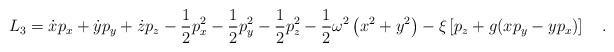
LaTeX: \begin{align*}L_3=\dot{x}p_x+\dot{y}p_y+\dot{z}p_z-\frac{1}{2}p^2_x-\frac{1}{2}p^2_y-\frac{1}{2}p^2_z-\frac{1}{2}\omega^2\left(x^2+y^2\right)-\xi\left[p_z+g(xp_y-yp_x)\right]\ \ \ .\end{align*}